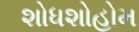
શોધશોહોમ